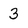
Character: 3